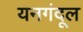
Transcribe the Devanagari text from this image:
यनगंदूल